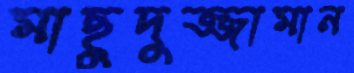
মাছুদুজ্জামান